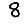
Digit: 8